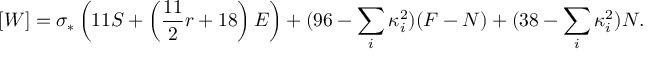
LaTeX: [ W ] = \sigma _ { * } \left( 1 1 S + \left( { \frac { 1 1 } { 2 } } r + 1 8 \right) E \right) + ( 9 6 - \sum _ { i } \kappa _ { i } ^ { 2 } ) ( F - N ) + ( 3 8 - \sum _ { i } \kappa _ { i } ^ { 2 } ) N .